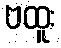
ဗထူး